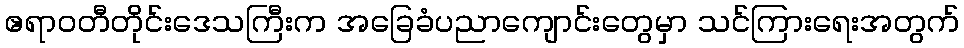
ဧရာဝတီတိုင်းဒေသကြီးက အခြေခံပညာကျောင်းတွေမှာ သင်ကြားရေးအတွက်